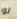
لو